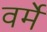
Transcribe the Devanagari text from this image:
वर्मे